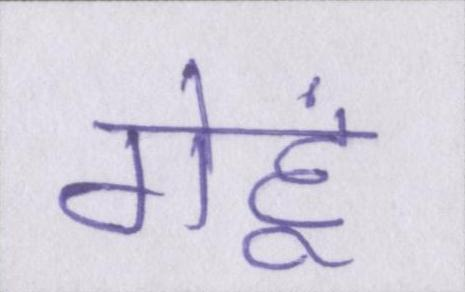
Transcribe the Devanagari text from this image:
गेहूं